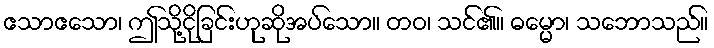
ဧသာဧသော၊ ဤသို့ငိုခြင်းဟုဆိုအပ်သော။ တဝ၊ သင်၏။ ဓမ္မော၊ သဘောသည်။